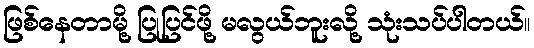
ဖြစ်နေတာမို့ ပြုပြင်ဖို့ မလွယ်ဘူးလို့ သုံးသပ်ပါတယ်။